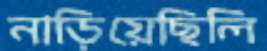
নাড়িয়েছিলি